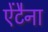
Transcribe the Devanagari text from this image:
ऐंटैना